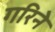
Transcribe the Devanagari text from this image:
गरिने